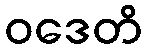
ဝဒေတိ